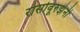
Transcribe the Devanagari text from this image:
रोसोवूरुझेनी